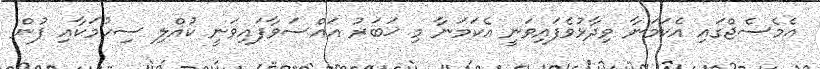
އެމެސެޖްގައި އެކަމަނާ ވިދާޅުވެފައިވަނީ އެކަމަނާ މި ޚަބަރު އައްސަވާފައިވަނީ ކުއްލި ސިހުމަކާއި ފުން